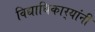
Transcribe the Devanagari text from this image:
विद्याधिकार्‍यांनी